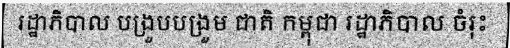
រដ្ឋាភិបាល បង្រួបបង្រួម ជាតិ កម្ពុជា រដ្ឋាភិបាល ចំរុះ